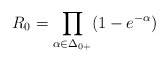
\begin{align*}R_0 = \prod_{\alpha \in \Delta_{0+}} (1 - e^{-\alpha} )\/\end{align*}